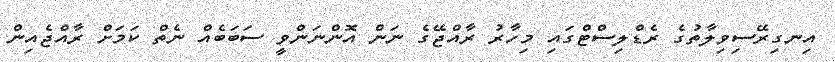
އިނގިރޭސިވިލާތުގެ ރެޑްލިސްޓްގައި މިހާރު ރާއްޖޭގެ ނަން އޮންނަންވީ ސަބަބެއް ނެތް ކަމަށް ރާއްޖެއިން